Leaving Certificate Examination (including Day School Certificate (Higher) General paper), 1926
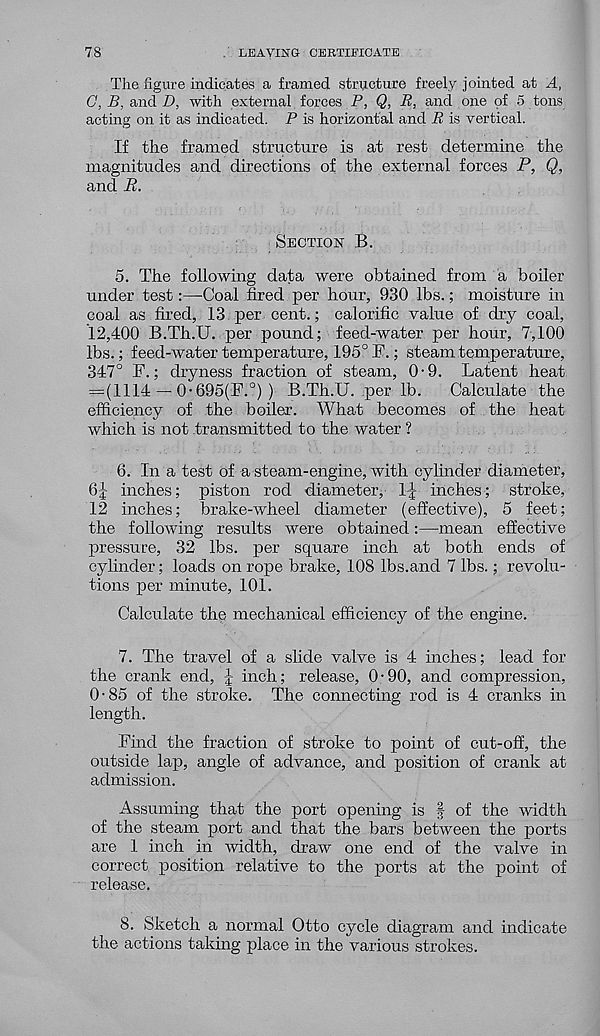
78
LEAVING CERTIFICATE
The figure indicates a framed structure freely jointed at A,
G, B, and D, with external forces P, Q, R, and one of 5 tons
acting on it as indicated. P is horizontal and R is vertical.
If the framed structure is at rest determine the
magnitudes and directions of the external forces P, Q,
and _R.
Section B.
5. The following data were obtained from a boiler
under test:—Coal fired per hour, 930 lbs.; moisture in
coal as fired, 13 per cent.; calorific value of dry coal,
12,400 B.Th.U. per pound; feed-water per hour, 7,100
lbs.; feed-water temperature, 195° B.; steam temperature,
347° F.; dryness fraction of steam, 0-9. Latent heat
= (1114 — 0-695(F.°) ) B.Th.U. per lb.
Calculate the
efficiency of the boiler. What becomes of the heat
which is not transmitted to the water ?
6. In a test of a steam-engine, with cylinder diameter,
6J inches; piston rod diameter, IJ inches; stroke,
12 inches; brake-wheel diameter (effective), 5 feet;
the following results were obtained:—mean effective
pressure, 32 lbs. per square inch at both ends of
cylinder; loads on rope brake, 108 Ibs.and 7 lbs.; revolu-
tions per minute, 101.
Calculate the mechanical efficiency of the engine.
7. The travel of a slide valve is 4 inches; lead for
the crank end, J inch; release, 0-90, and compression,
0-85 of the stroke. The connecting rod is 4 cranks in
length.
Find the fraction of stroke to point of cut-off, the
outside lap, angle of advance, and position of crank at
admission.
Assuming that the port opening is § of the width
of the steam port and that the bars between the ports
are 1 inch in width, draw one end of the valve in
correct position relative to the ports at the point of
release.
8. Sketch a normal Otto cycle diagram and indicate
the actions taking place in the various strokes.